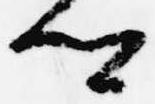
卿